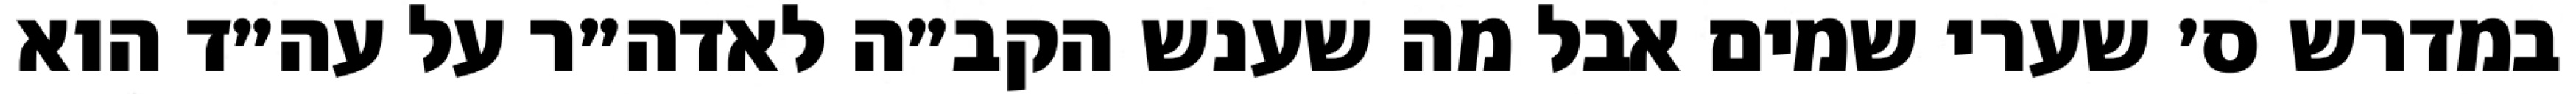
במדרש ס׳ שערי שמים אבל מה שענש הקב״ה לאדה״ר על עה״ד הוא